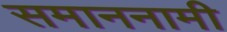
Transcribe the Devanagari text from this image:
समाननामी